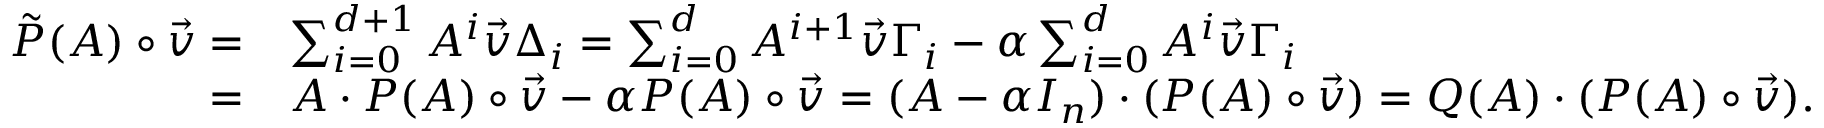
\begin{array} { r l } { \tilde { P } ( A ) \circ \vec { v } = } & { \sum _ { i = 0 } ^ { d + 1 } A ^ { i } \vec { v } \Delta _ { i } = \sum _ { i = 0 } ^ { d } A ^ { i + 1 } \vec { v } \Gamma _ { i } - \alpha \sum _ { i = 0 } ^ { d } A ^ { i } \vec { v } \Gamma _ { i } } \\ { = } & { A \cdot P ( A ) \circ \vec { v } - \alpha P ( A ) \circ \vec { v } = ( A - \alpha I _ { n } ) \cdot ( P ( A ) \circ \vec { v } ) = Q ( A ) \cdot ( P ( A ) \circ \vec { v } ) . } \end{array}